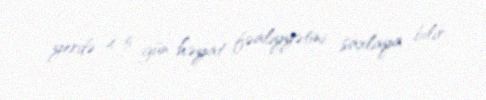
yerdə 4-5 gün həyat fəaliyyətini saxlaya bilir.